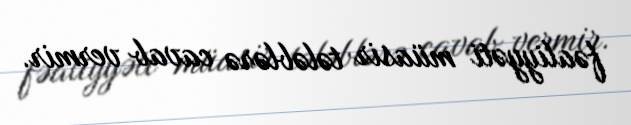
fəaliyyəti müasir tələblərə cavab vermir.